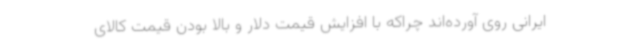
ایرانی روی آورده‌اند چراکه با افزایش قیمت دلار و بالا بودن قیمت کالای